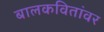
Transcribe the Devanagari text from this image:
बालकवितांवर